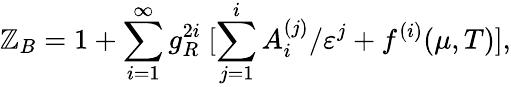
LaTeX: \mathbb{Z}_{B}=1+\sum_{i=1}^{\infty}g_{R}^{2i}\ [\sum_{j=1}^{i}A_{i}^{(j)}/\varepsilon^{j}+f^{(i)}(\mu,T)],